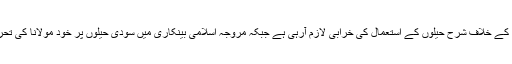
بلکہ اس سے بڑھ کر خرابیاں پائی جا رہی ہیں کیونکہ اس اسکیم میں سود کو چور دروازے سے داخل کرنے کے خلاف شرح حیلوں کے استعمال کی خرابی لازم آرہی ہے جبکہ مروجہ اسلامی بینکاری میں سودی حیلوں پر خود مولانا کی تحریروں میں از خود اشکال در اشکال وارد کرکے ان کے جوابات اور تاویلات کا اچھا خاصہ سلسلہ موجود ہے۔